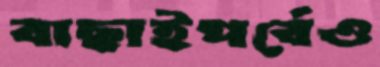
বাছাইপর্বেও